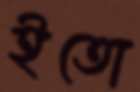
ইতো